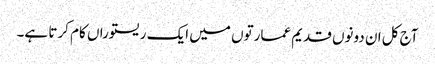
آج کل ان دونوں قدیم عمارتوں میں ایک ریستوراں کام کرتا ہے۔